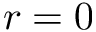
r = 0